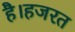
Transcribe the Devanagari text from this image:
है।हजरत